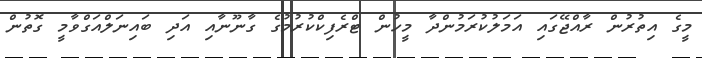
މީގެ އިތުރުން ރާއްޖޭގައި އަމަލުކުރަމުންދާ މީހުން ޓްރެފިކްކުރުމުގެ ގާނޫނާއި އަދި ބައިނަލްއަގްވާމީ ގޮތުން